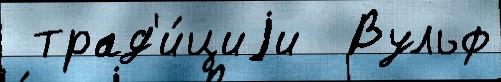
 трад'и́циjи  Вульф